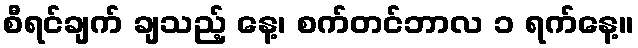
စီရင်ချက် ချသည့် နေ့၊ စက်တင်ဘာလ ၁ ရက်နေ့။